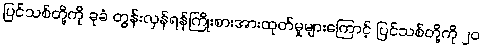
ပြင်သစ်တို့ကို ခုခံ တွန်းလှန်ရန်ကြိုးစားအားထုတ်မှုများကြောင့် ပြင်သစ်တို့ကို ၂၀